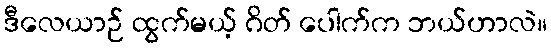
ဒီလေယာဉ် ထွက်မယ့် ဂိတ် ပေါက်က ဘယ်ဟာလဲ။